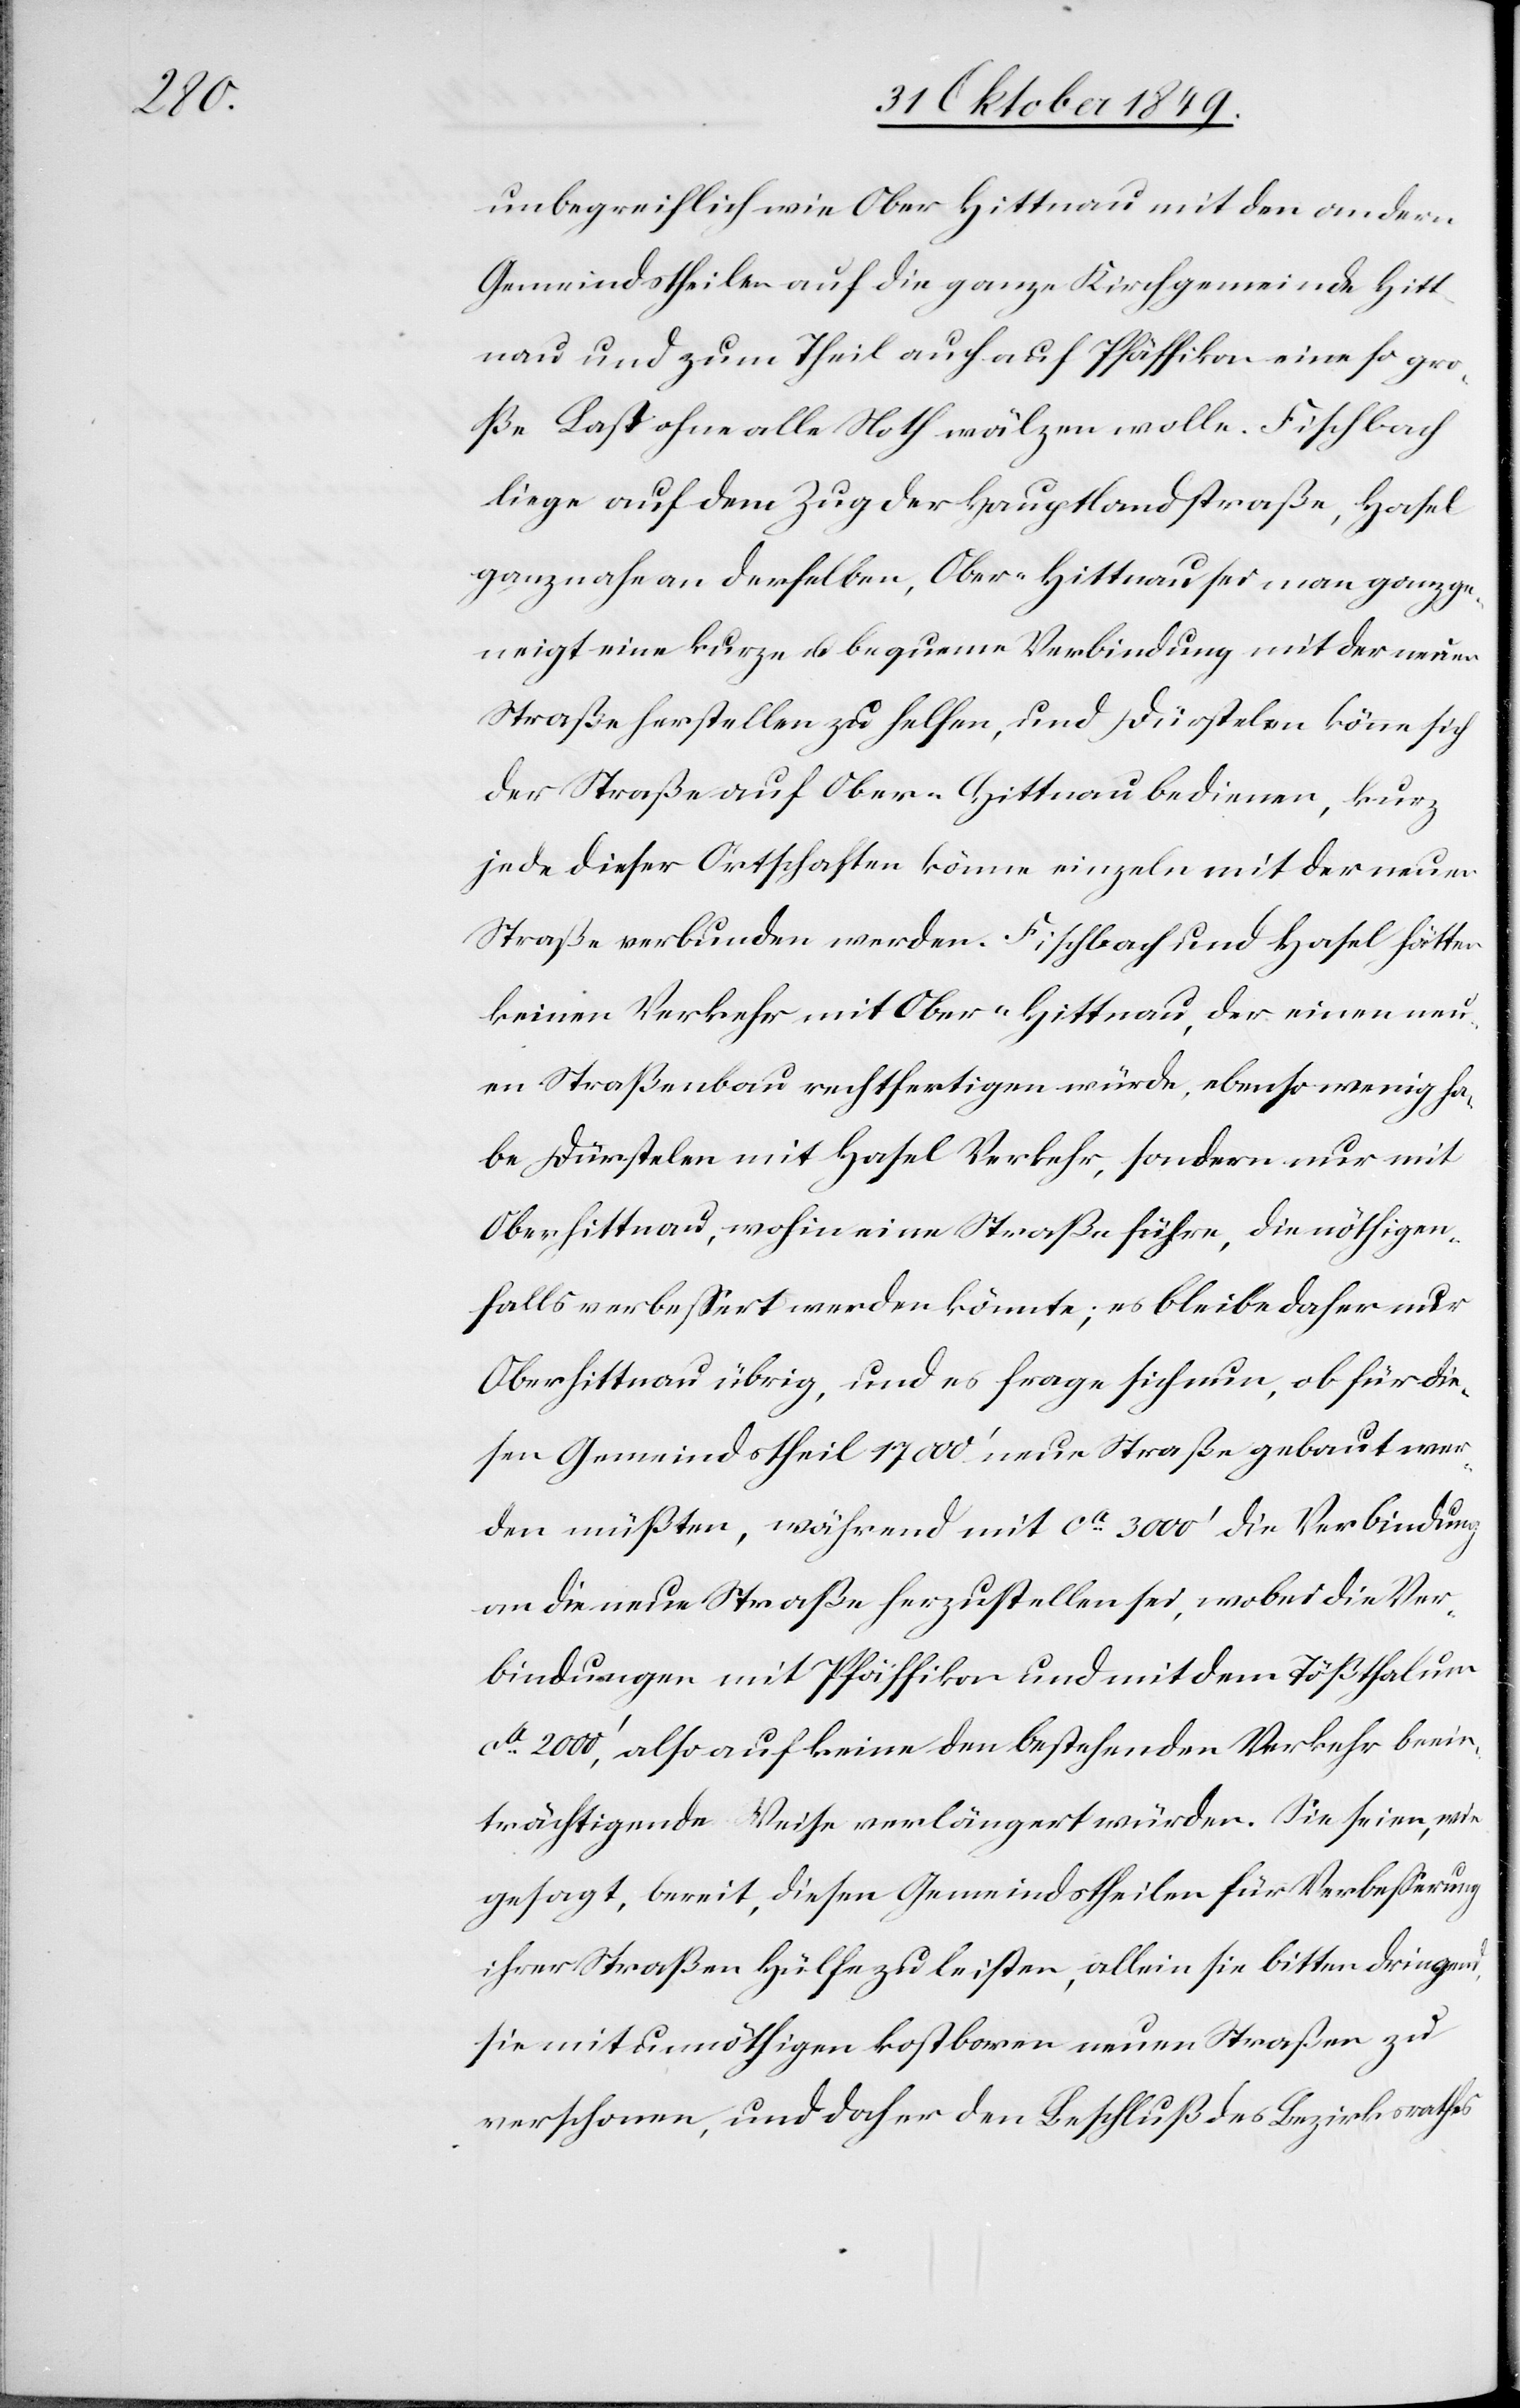
unbegreiflich wie Ober-Hittnau mit den andern
Gemeindstheilen auf die ganze Kirchgemeinde Hitt¬
nau und zum Theil auch auf Pfäffikon eine so gro¬
ße Last ohne alle Noth wälzen wolle. Fischbach
liege auf dem Zug der Hauptlandstraße, Hasel
ganz nahe an derselben, Ober-Hittnau sei man ganz ge¬
neigt eine kurze u. bequeme Verbindung mit der neuen
Straße herstellen zu helfen, und Dürstelen könne sich
der Straße auf Ober-Hittnau bedienen, kurz
jede dieser Ortschaften könne einzeln mit der neuen
Straße verbunden werden. Fischbach und Hasel hätten
keinen Verkehr mit Ober-Hittnau, der einen neu¬
en Straßenbau rechtfertigen würde, ebenso wenig ha¬
be Dürstelen mit Hasel Verkehr, sondern nur mit
Oberhittnau, wohin eine Straße führe, die nöthigen¬
falls verbeßert werden könnte; es bleibe daher nur
Oberhittnau übrig, und es frage sich nun, ob für die¬
sen Gemeindstheil 17000’ neue Straße gebaut wer¬
den müßten, während mit ca 3000’ die Verbindung
an die neue Straße herzustellen sei, wobei die Ver¬
bindungen mit Pfäffikon und mit dem Tößthal um
ca 2000’ also auf keine den bestehenden Verkehr beein¬
trächtigende Weise verlängert würden. Sie seien, wie
gesagt, bereit, diesen Gemeindstheilen für Verbeßerung
ihrer Straßen Hülfe zu leisten, allein sie bitten dringend,
sie mit unnöthigen kostbaren neuen Straßen zu
verschonen, und daher den Beschluß des Bezirksrathes